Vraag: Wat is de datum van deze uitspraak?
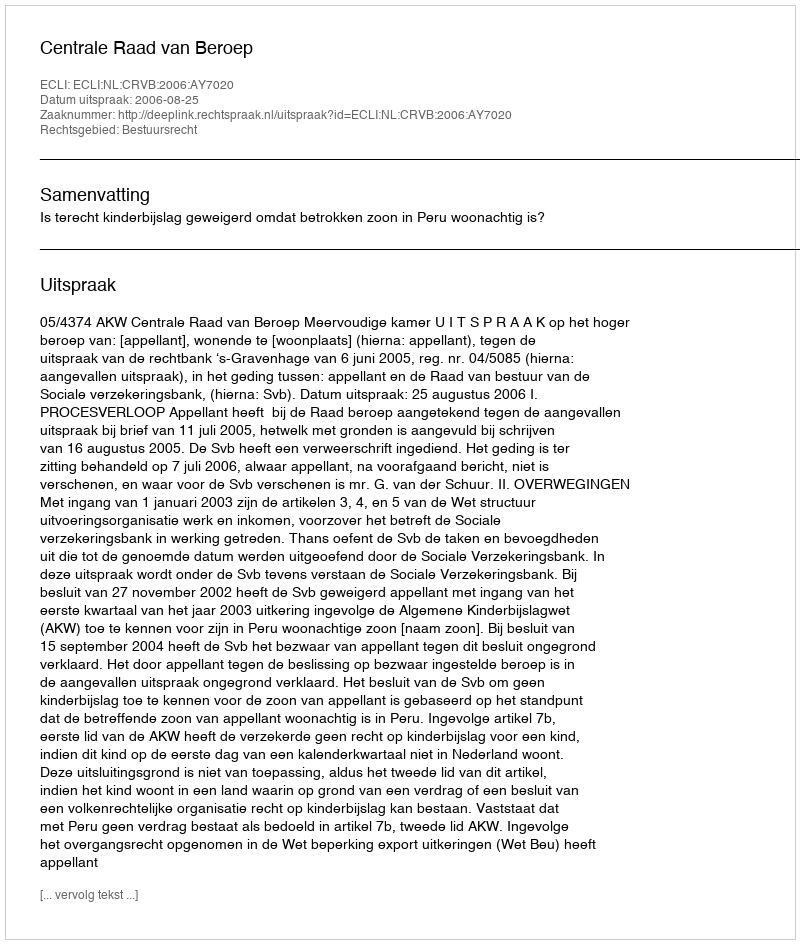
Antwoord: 2006-08-25